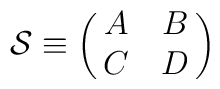
{\cal S}\equiv\pmatrix{A&B\cr C&D\cr}